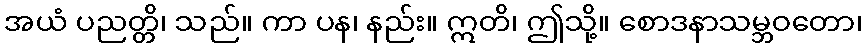
အယံ ပညတ္တိ၊ သည်။ ကာ ပန၊ နည်း။ ဣတိ၊ ဤသို့။ စောဒနာသမ္ဘဝတော၊